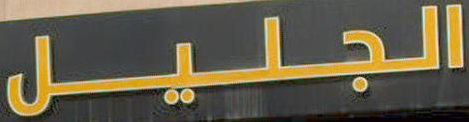
الجليل